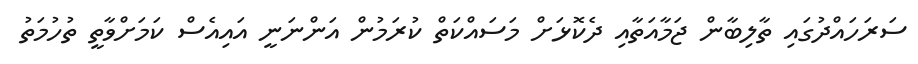
ސަރަހައްދުގައި ތާލިބާން ޖަމާއަތާއި ދެކޮޅަށް މަސައްކަތް ކުރަމުން އަންނަނީ އައިއެސް ކަމަށްވާތީ ތުހުމަތު